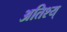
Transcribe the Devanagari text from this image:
अतिश्य्